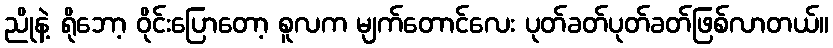
ညိုနဲ့ ရိုဘော့ ဝိုင်းပြောတော့ စူလက မျက်တောင်လေး ပုတ်ခတ်ပုတ်ခတ်ဖြစ်လာတယ်။